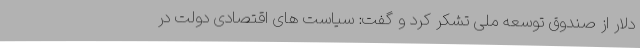
دلار از صندوق توسعه ملی تشکر کرد و گفت: سیاست های اقتصادی دولت در